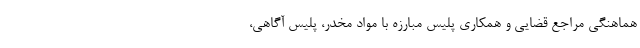
هماهنگی مراجع قضایی و همکاری پلیس مبارزه با مواد مخدر، پلیس آگاهی،